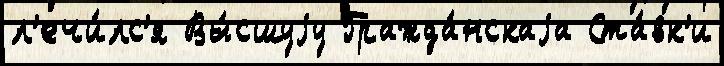
л'ечи́лс'я Вы́сшуjу Гражда́нскаjа Ста́вк'и